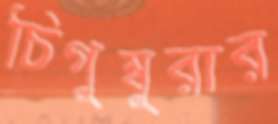
চিগুম্বুরার